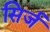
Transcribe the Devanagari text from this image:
सिर्ज